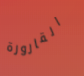
القارورة